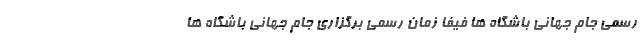
رسمی جام جهانی باشگاه ها فیفا زمان رسمی برگزاری جام جهانی باشگاه ها